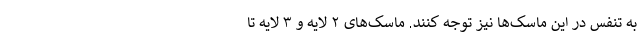
به تنفس در این ماسک‌ها نیز توجه کنند. ماسک‌های ۲ لایه و ۳ لایه تا